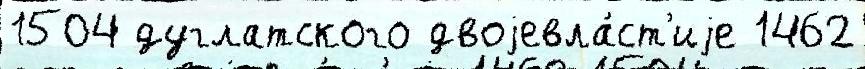
1504 дуглатского двоjевла́ст'иjе 1462